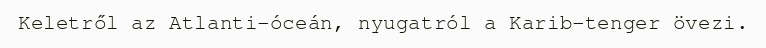
Keletről az Atlanti-óceán, nyugatról a Karib-tenger övezi.